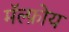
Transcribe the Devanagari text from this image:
मॅल्फ़ोय